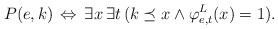
LaTeX: \begin{align*}P(e,k) \, \Leftrightarrow \, \exists x \, \exists t \, ( k \preceq x \wedge \varphi_{e,t}^L(x) = 1).\end{align*}